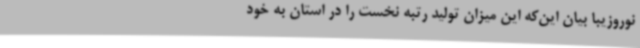
نوروزیبا بیان این‌که این میزان تولید رتبه نخست را در استان به خود